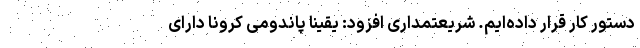
دستور کار قرار داده‌ایم. شریعتمداری افزود: یقیناً پاندومی کرونا دارای